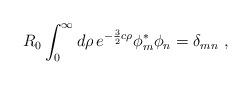
LaTeX: \begin{align*}R_0 \int_0^\infty d\rho \, e^{-\frac{3}{2} c\rho} \phi_m^\ast \phi_n = \delta_{mn}~,\end{align*}